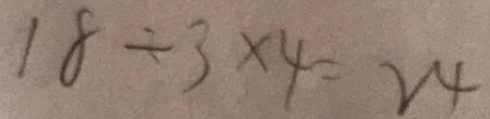
1 8 \div 3 \times 4 = 2 4